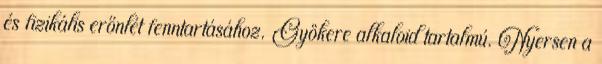
és fizikális erőnlét fenntartásához. Gyökere alkaloid tartalmú. Nyersen a